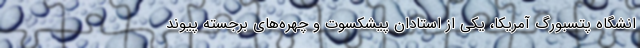
انشگاه پتسبورگ آمریکا، یکی از استادان پیشکسوت و چهره‌های برجسته پیوند